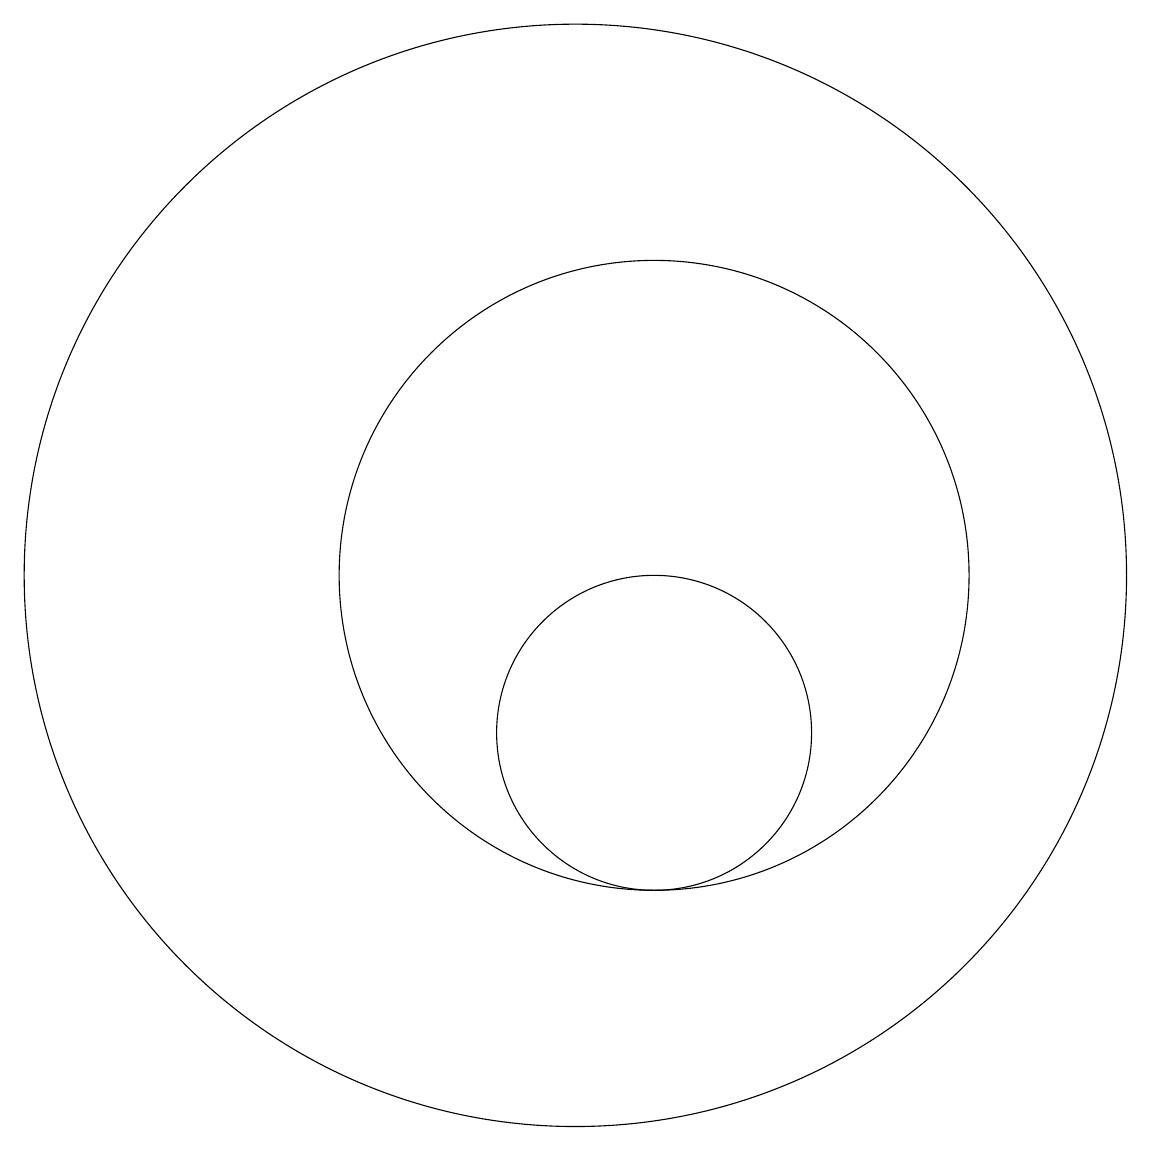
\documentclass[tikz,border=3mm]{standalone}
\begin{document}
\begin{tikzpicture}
\draw (10,12) circle (7);
\draw (11,12) circle (4);
\draw (11,10) circle (2);
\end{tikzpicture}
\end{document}